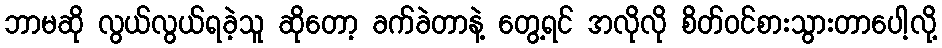
ဘာမဆို လွယ်လွယ်ရခဲ့သူ ဆိုတော့ ခက်ခဲတာနဲ့ တွေ့ရင် အလိုလို စိတ်ဝင်စားသွားတာပေါ့လို့